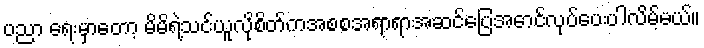
ပညာ ရေးမှာတော့ မိမိရဲ့သင်ယူလိုစိတ်ကအစစအရာရာအဆင်ပြေအောင်လုပ်ပေးပါလိမ့်မယ်။